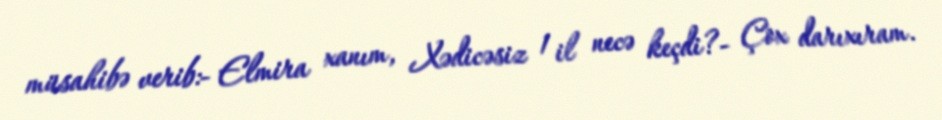
müsahibə verib:- Elmira xanım, Xədicəsiz 1 il necə keçdi?- Çox darıxıram.